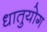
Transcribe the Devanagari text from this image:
धातुयोग